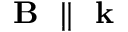
\textbf { B } \parallel \textbf { k }